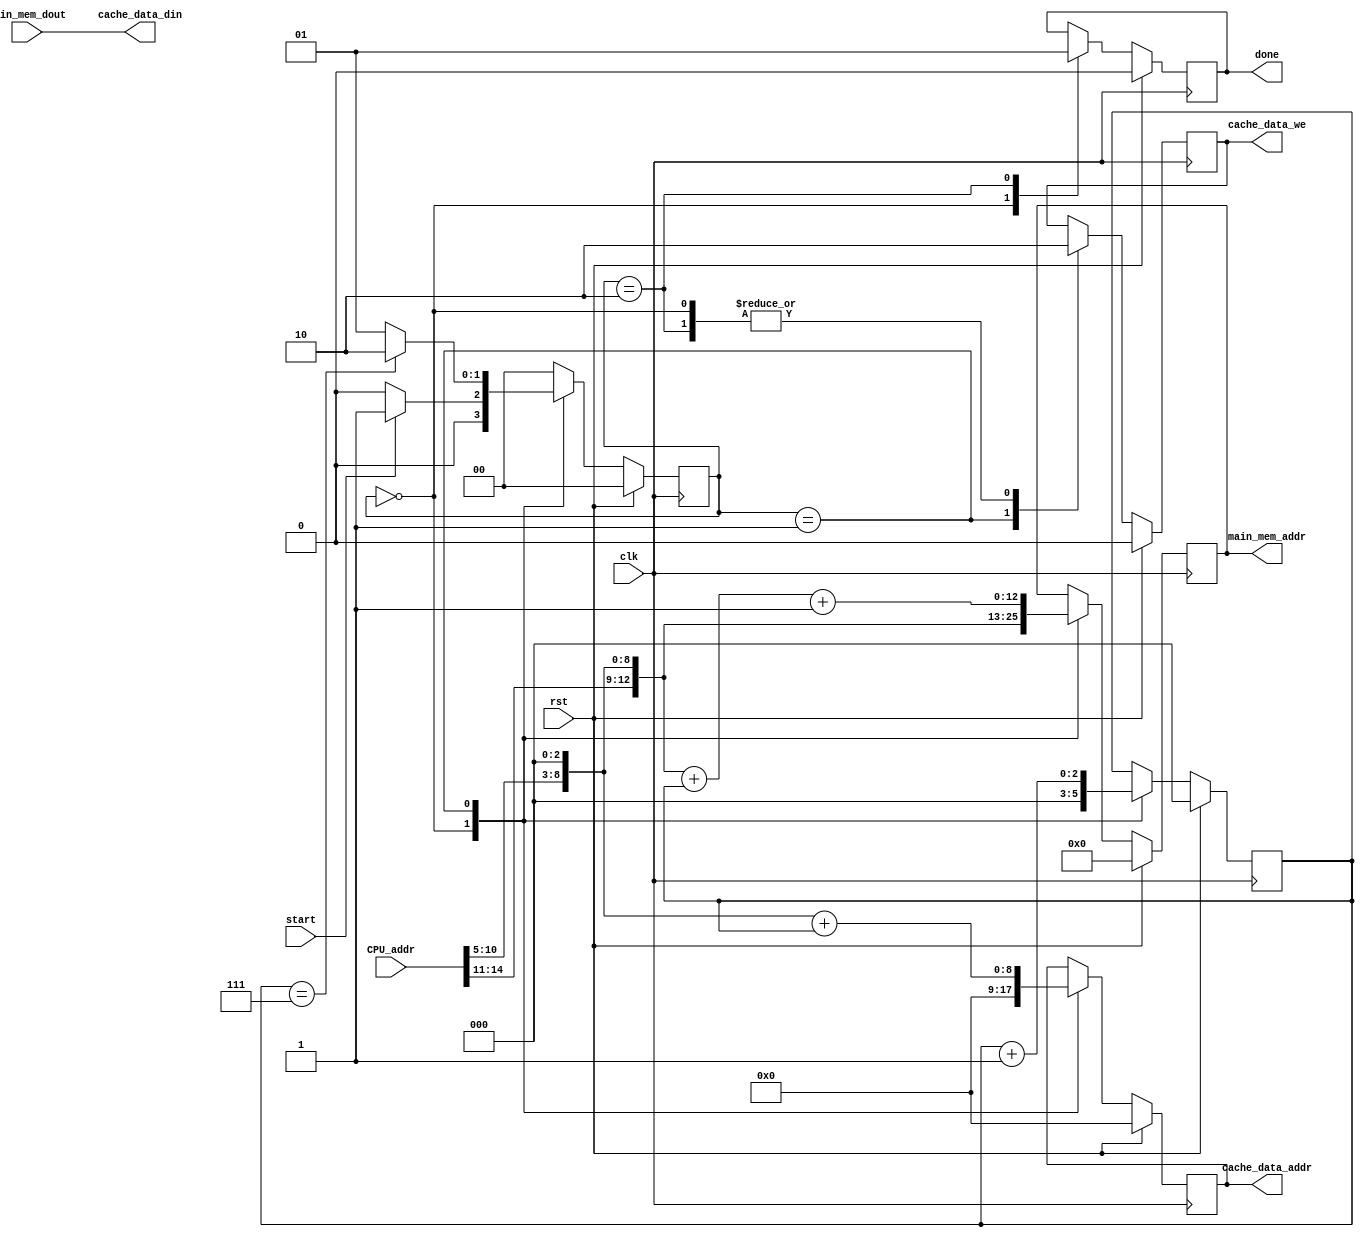
`timescale 1ns / 1ps
//////////////////////////////////////////////////////////////////////////////////
// Company: 
// Engineer: 
// 
// Design Name: 
// Module Name: allocate
// Project Name: 
// Target Devices: 
// Tool Versions: 
// Description: 
// 
// Dependencies: 
// 
// Revision:
// Revision 0.01 - File Created
// Additional Comments:
// 
//////////////////////////////////////////////////////////////////////////////////


module allocate(
input wire          clk,
input wire          rst,
input wire [31:0]   CPU_addr,
input wire [31:0]   main_mem_dout,
output reg [12:0]   main_mem_addr,
output reg [8:0]    cache_data_addr,
output wire [31:0]   cache_data_din,
output reg          cache_data_we,
input wire          start,
output reg          done
    );
    
    reg [1:0]       current_state, next_state;
    reg [2:0]       counter;
    wire [5:0]      CPU_addr_index;
    
    assign CPU_addr_index = CPU_addr[10:5];
    
    localparam  IDLE = 2'd0, TRANSFER = 2'd1, DONE = 2'd2;
    
    assign cache_data_din = main_mem_dout;
    /* first stage */
    always @(posedge clk)
    begin
        if( rst )
            current_state <= IDLE;
        else
            current_state <= next_state;
    end
    
    /* second stage */
    always @(*)
    begin
        next_state = IDLE;
        case( current_state )
        IDLE:   begin
                    if( start )
                        next_state =  TRANSFER;
                    else
                        next_state = IDLE;
                end
        TRANSFER:   begin
                        if( counter == 3'b111)
                            next_state = DONE;
                        else
                            next_state = TRANSFER;
                    end
        DONE: next_state = IDLE;
        default: next_state = IDLE;
        endcase
    end
    
    /* third stage */
    always @(posedge clk)
    begin
        if( rst )
        begin
            counter <= 0;
            done <= 0;
            cache_data_addr <= 0;
            cache_data_we <= 0;
            main_mem_addr <= 0;
        end
        else
        begin
            case( current_state )
            IDLE:   begin
                        counter <= 0;
                        done <= 0;
                        cache_data_addr <= 0;
                        cache_data_we <= 0;
                        main_mem_addr <= (CPU_addr[31:5] << 3);
                    end
            TRANSFER:   begin
                            counter <= counter + 1;
                            main_mem_addr <= (CPU_addr[31:5] << 3) + counter + 1;
                            cache_data_we <= 1;
                            cache_data_addr <= (CPU_addr_index << 3) + counter;
                        end
            DONE:     begin
                        cache_data_we <= 0;  
                        done <= 1'b1;
                     end
            endcase
        end
    end
    
endmodule